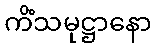
ကိံသမုဋ္ဌာနော